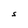
Character: S